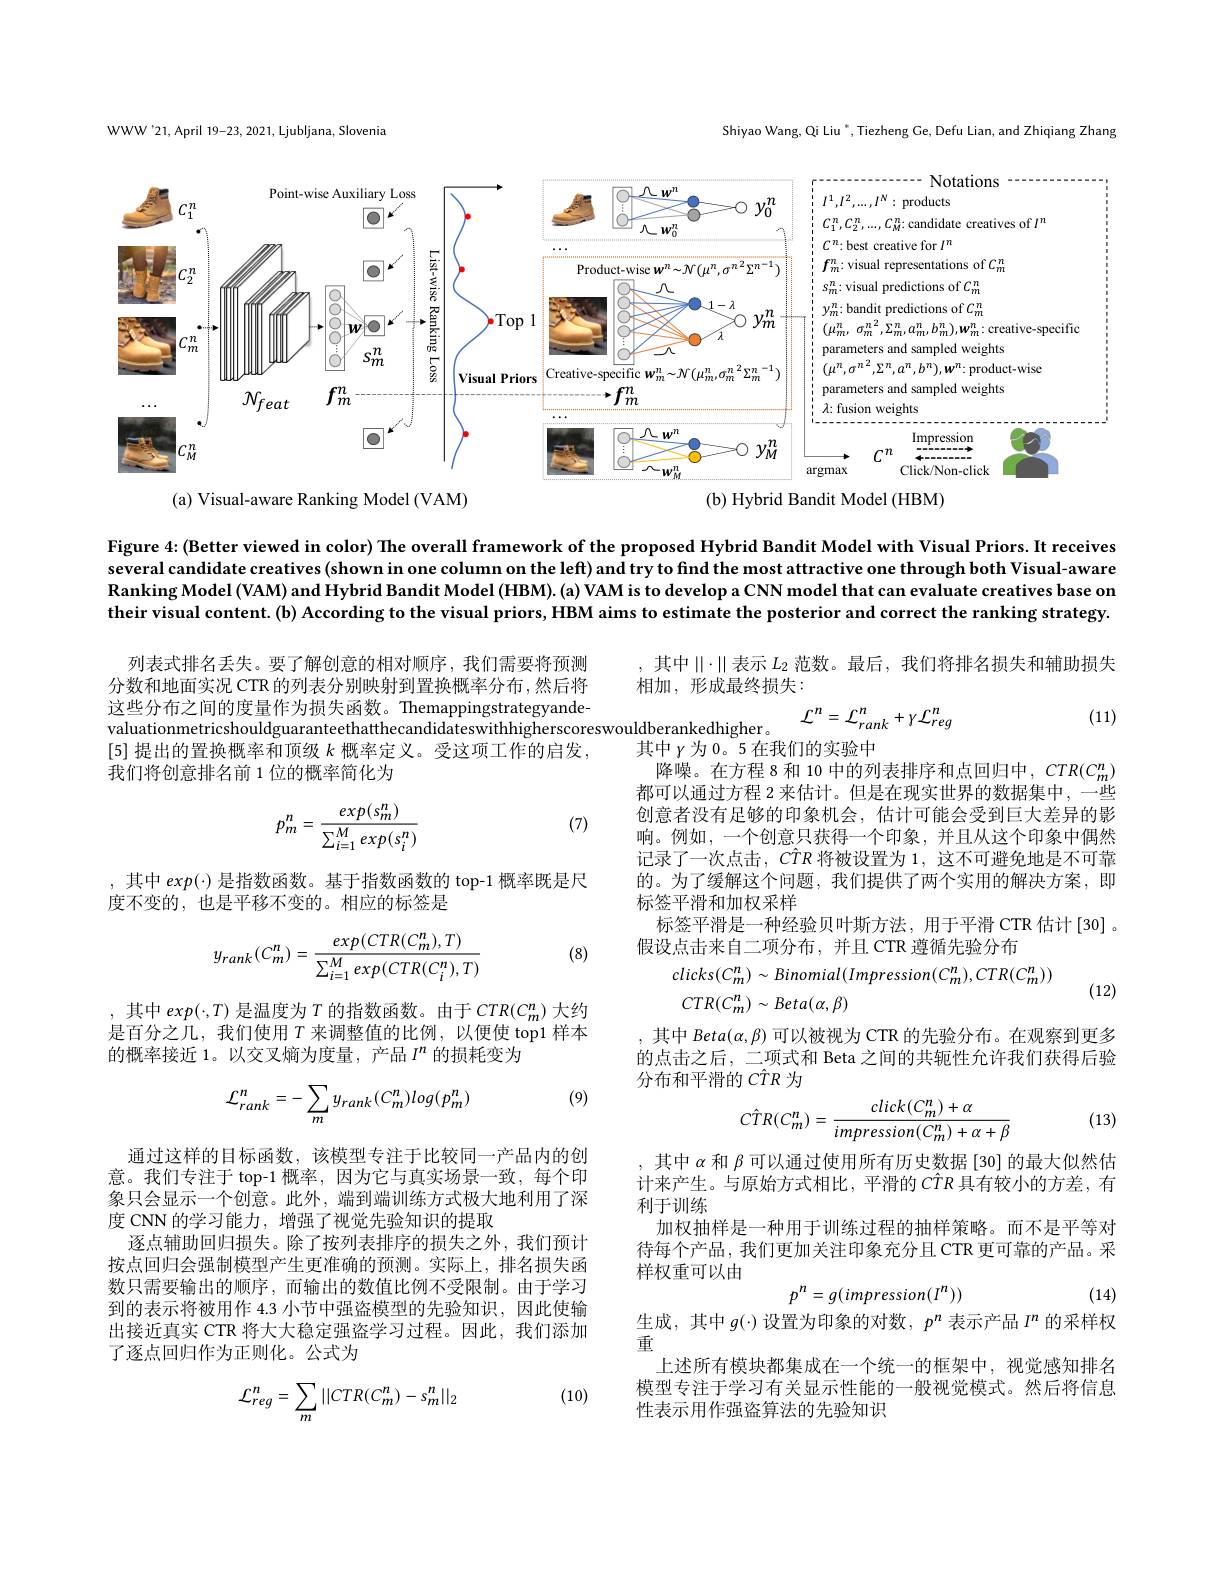
Shiyao Wang, Qi Liu ", Tiezheng Ge, Defu Lian, and Zhiqiang Zhang

WWW'21, April 19-23, 2021, Ljubljana, Slovenia

<FigureHere>
(a) Visual-aware Ranking Model (VAM)
(b) Hybrid Bandit Model (HBM)

Figure 4{:}(Better viewed in color) The overall framework of the proposed Hybrid Bandit Model with Visual Priors. It receives several candidate creatives (shown in one column on the left) and try to find the most attractive one through both Visual-aware Ranking Model (VAM) and Hybrid Bandit Model (HBM). (a) VAM is to develop a CNN model that can evaluate creatives base on their visual content.(b) According to the visual priors, HBM aims to estimate the posterior and correct the ranking strategy.

, 其中$\|\cdot\|$表示 $L_2$ 范数。最后，我们将排名损失和辅助损失
相加，形成最终损失：

(11)

列表式排名丢失。要了解创意的相对顺序，我们需要将预测分数和地面实况 CTR 的列表分别映射到置换概率分布，然后将这些分布之间的度量作为损失函数。Themappingstrategyandevaluationmetricshouldguaranteethatthecandidateswithhigherscoreswouldberankedhigher。
[5]提出的置换概率和顶级$k$概率定义。受这项工作的启发，
我们将创意排名前 1 位的概率简化为
$$\mathcal{L}^{n}=\mathcal{L}_{rank}^{n}+\gamma\mathcal{L}_{reg}^{n}$$
(7)
$$p_m^n=\frac{exp(s_m^n)}{\sum_{i=1}^Mexp(s_i^n)}$$
其中$\gamma$为0。5在我们的实验中
降噪。在方程 8 和 10 中的列表排序和点回归中，$CTR(C_m^n)$ 都可以通过方程 2 来估计。但是在现实世界的数据集中，一些创意者没有足够的印象机会，估计可能会受到巨大差异的影响。例如，一个创意只获得一个印象，并且从这个印象中偶然记录了一次点击，$\hat{CTR}$将被设置为 1, 这不可避免地是不可靠的。为了缓解这个问题，我们提供了两个实用的解决方案，即标签平滑和加权采样
标签平滑是一种经验贝叶斯方法，用于平滑 CTR 估计[30]。
假设点击来自二项分布，并且 CTR 遵循先验分布
$$\begin{aligned}&clicks(C_{m}^{n})\sim Binomial(Impression(C_{m}^{n}),CTR(C_{m}^{n}))\\&CTR(C_{m}^{n})\sim Beta(\alpha,\beta)\end{aligned}$$
,其中$exp(\cdot)$是指数函数。基于指数函数的 top-1 概率既是尺
度不变的，也是平移不变的。相应的标签是

(8)
$$y_{rank}(C_m^n)=\frac{exp(CTR(C_m^n),T)}{\sum_{i=1}^Mexp(CTR(C_i^n),T)}$$
(12)

,其中$exp(\cdot,T)$是温度为$T$的指数函数。由于$CTR(C_m^n)$大约是百分之几，我们使用$T$ 来调整值的比例，以便使 top1 样本的概率接近 1。以交叉熵为度量，产品$I^n$的损耗变为

其中 Beta$(\alpha,\beta)$可以被视为 CTR 的先验分布。在观察到更多的点击之后，二项式和 Beta 之间的共轭性允许我们获得后验分布和平滑的$\hat{CT}R$为

(9)
$${\mathcal L}_{rank}^{n}=-\sum_{m}y_{rank}(C_{m}^{n})log(p_{m}^{n})$$
(13)
$$\hat{CT}R(C_{m}^{n})=\frac{click(C_{m}^{n})+\alpha}{impression(C_{m}^{n})+\alpha+\beta}$$
,其中$\alpha$和$\beta$可以通过使用所有历史数据[30] 的最大似然估计来产生。与原始方式相比，平滑的$\hat{CTR}$具有较小的方差，有利于训练
加权抽样是一种用于训练过程的抽样策略。而不是平等对待每个产品，我们更加关注印象充分且 CTR 更可靠的产品。采样权重可以由
$$p^{n}=g(impression(I^{n}))$$
通过这样的目标函数，该模型专注于比较同一产品内的创意。我们专注于 top-1 概率，因为它与真实场景一致，每个印象只会显示一个创意。此外，端到端训练方式极大地利用了深度 CNN 的学习能力，增强了视觉先验知识的提取
逐点辅助回归损失。除了按列表排序的损失之外，我们预计按点回归会强制模型产生更准确的预测。实际上，排名损失函数只需要输出的顺序，而输出的数值比例不受限制。由于学习到的表示将被用作 4.3 小节中强盗模型的先验知识，因此使输出接近真实 CTR 将大大稳定强盗学习过程。因此，我们添加了逐点回归作为正则化。公式为

(14)

生成，其中$g(\cdot)$设置为印象的对数，$p^n$表示产品$I^n$的采样权
重
上述所有模块都集成在一个统一的框架中，视觉感知排名模型专注于学习有关显示性能的一般视觉模式。然后将信息性表示用作强盗算法的先验知识

(10)
$$\mathcal{L}_{reg}^{n}=\sum_{m}||CTR(C_{m}^{n})-s_{m}^{n}||_{2}$$